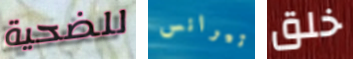
للضحية تيرانس خلق